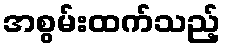
အစွမ်းထက်သည့်